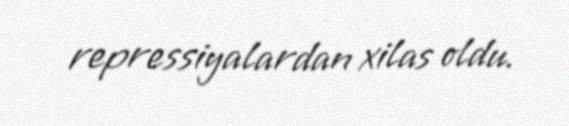
repressiyalardan xilas oldu.